Lunatic asylums United Provinces 1909-1921 - 1909-1921
Year: 1909
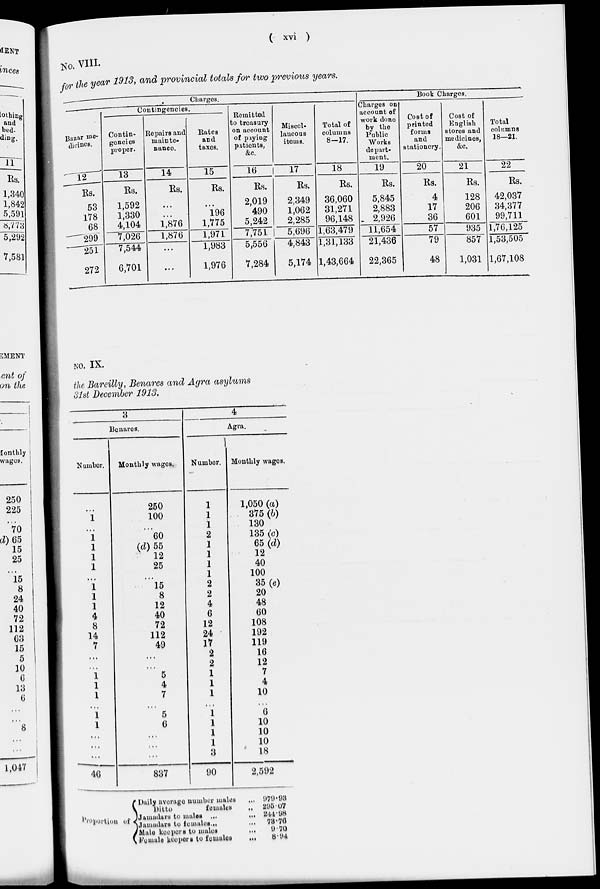
( xvi )
No. VIII.
for the year 1913, and provincial totals for two previous years.
Charges.
Bazar me-
dicines.
12
Rs.
53
178
68
299
251
272
Contingencies.
Contin-
gencies
proper.
13
Rs.
1,592
1,330
4,104
7,026
7,544
6,701
Repairs and
mainte-
nance
14
Rs.
...
...
1,876
1,876
...
...
Rates
and
taxes.
15
Rs.
...
196
1,775
1,971
1,983
1,976
Remitted
to treasury
on account
of paying
patients,
&c.
16
Rs.
2,019
490
5,242
7,751
5,556
7,284
Miscel-
laneous
items.
17
Rs.
2,349
1,062
2,285
5,696
4,843
5,174
Total of
columns
8—17.
18
Rs.
36,060
31,271
96,148
1,63,479
1,31,133
1,43,664
Book Charges.
Charges on
account of
work done
by the
Public
Works
depart-
ment.
19
Rs.
5,845
2,883
2,926
11,654
21,436
22,365
Cost of
printed
forms
and
stationery.
20
Rs.
4
17
36
57
79
48
Cost of
English
stores and
medicines,
&c.
21
Rs.
128
206
601
935
857
1,031
Total
columns
18—21.
22
Rs.
42,037
34,377
99,711
1,76,125
1,53,505
1,67,108
No. IX.
the Bareilly, Benares and Agra asylums
31st December 1918.
3
Benares.
Number.
...
1
...
1
1
1
1
...
1
1
1
4
8
14
7
...
...
1
1
1
1
1
...
...
...
46
Monthly wages.
250
100
...
60
(d) 55
12
25
...
15
8
12
40
72
112
49
...
...
5
4
7
5
6
...
...
...
837
4
Agra.
Number.
1
1
1
2
1
1
1
1
2
2
4
6
12
24
17
2
2
1
1
1
1
1
1
1
3
90
Monthly wages.
1,050 (a)
375 (b)
130
135 (c)
65(d)
12
40
100
35(e)
20
48
60
108
192
119
16
12
7
4
10
6
10
10
10
18
2,592
Proportion of
Daily average number males ...
Ditto
females ...
Jamadars to males
...
...
Jamadars to females... ...
Male keepers to males ...
Female keepers to females
...
979.93
295.07
244.98
78.76
9.70
8.94